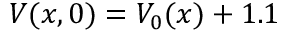
V ( x , 0 ) = V _ { 0 } ( x ) + 1 . 1